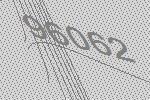
96062